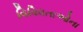
વિવિધતાઓના